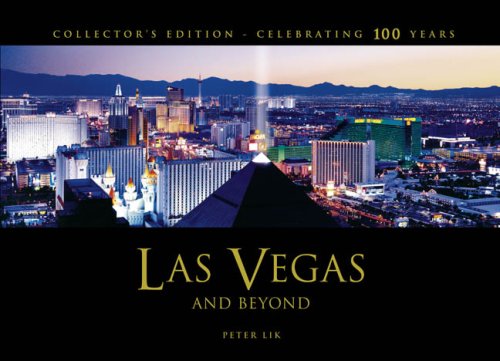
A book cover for Las Vegas and Beyond; Peter Lik; Travel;